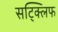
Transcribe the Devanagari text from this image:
सट्क्लिफ